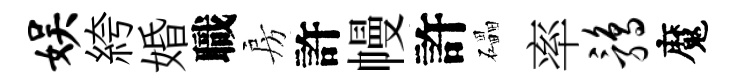
娱絝婚職房許幔許礧率鹑魔